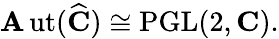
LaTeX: \operatorname{\mathbf{A}ut}({\widehat{{\mathbf{{C}}}}})\cong\operatorname{PGL}(2,\mathbf{{C}}).